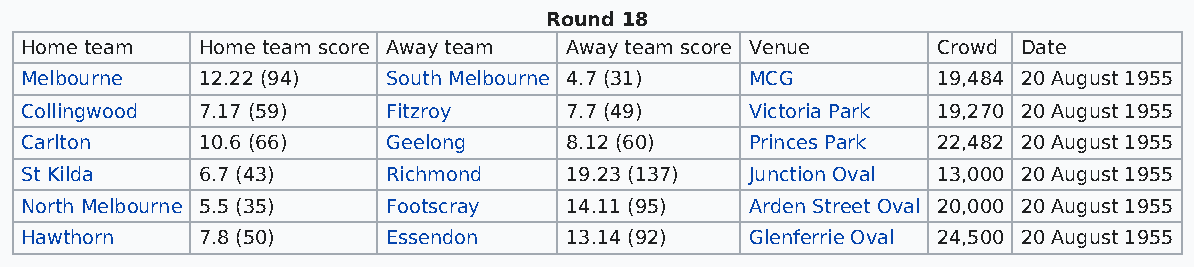
Round 18
 Home team   Home team score Away team Away team score Venue  Crowd Date
 Melbourne   12.22 (94)   South Melbourne 4.7 (31) MCG        19,484 20 August 1955
 Collingwood 7.17 (59)    Fitzroy    7.7 (49)     Victoria Park 19,270 20 August 1955
 Carlton     10.6 (66)    Geelong    8.12 (60)    Princes Park 22,482 20 August 1955
 St Kilda    6.7 (43)     Richmond   19.23 (137)  Junction Oval 13,000 20 August 1955
 North Melbourne 5.5 (35) Footscray  14.11 (95)   Arden Street Oval 20,000 20 August 1955
 Hawthorn    7.8 (50)     Essendon   13.14 (92)   Glenferrie Oval 24,500 20 August 1955